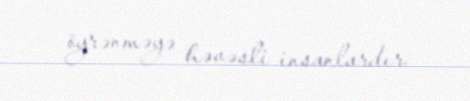
öyrənməyə həvəsli insanlardır.